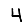
Digit: 4